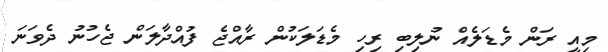
މިއީ ރަން މެޑަލެއް ނުލިބި ރިހި މެޑަލަކުން ރާއްޖެ ފުއްދާލަން ޖެހުނު ދެވަނަ